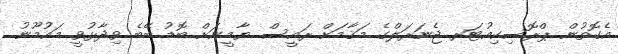
އެގޮތުން ޕްރޮސިކިއުޓަރ ޖެނަރަލްގެ މަޤާމަށް ރައީސް ޔާމީނަށް ބޮޑު ބޭބެ ވިދާޅުވީ މައުމޫނު